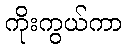
ကိုးကွယ်ကာ